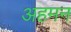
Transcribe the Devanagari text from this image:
अहमन